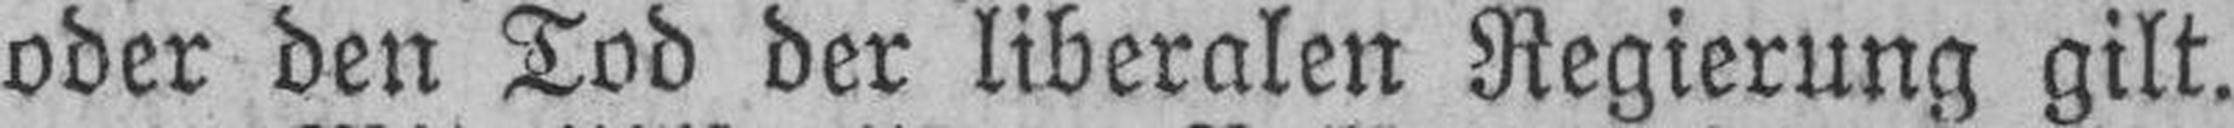
oder den Tod der liberalen Regierung gilt.